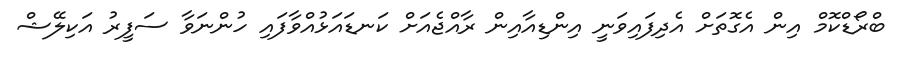
ބްރޯޑްކޮމް އިން އެގޮތަށް އެދިފައިވަނީ އިންޑިއާއިން ރާއްޖެއަށް ކަނޑައަޅުއްވާފައި ހުންނަވާ ސަފީރު އަކިލޭޝް